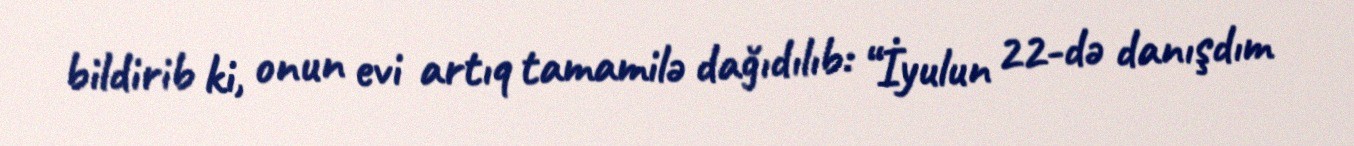
bildirib ki, onun evi artıq tamamilə dağıdılıb: “İyulun 22-də danışdım